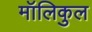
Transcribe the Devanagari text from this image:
मॉलिकुल